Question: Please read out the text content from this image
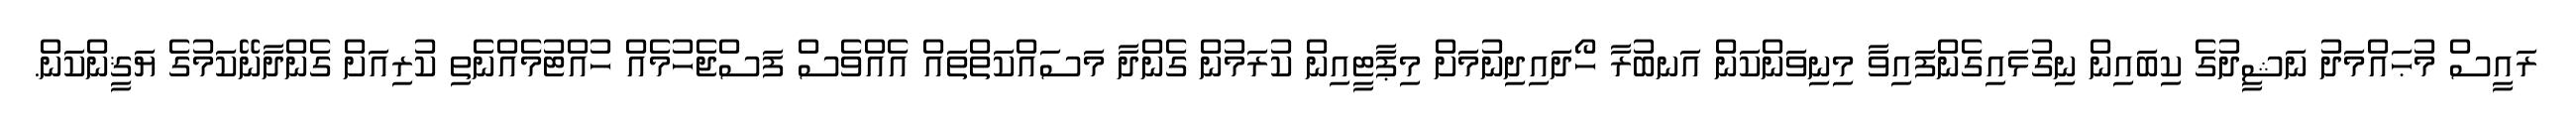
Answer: ރައީސް މުޙައްމަދު ނަޝީދުގެ ކިބައިން ނިގުޅައިގެންފައިވާ މިނިވަންކަން އަނބުރާ ހޯދައިދިނުމަށް މިޕާޓީއިން ކުރަމުން ގެންދާ މަސައްކަތްތައް އެއްވެސް ފަސްޖެހުމެއް ހުއްޓުމެއްނެތި ކުރިއަށް ގެންދާނޭކަމުގެ ޔަޤީންކަން.